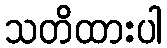
သတိထားပါ